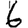
Digit: 6